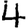
Digit: 4